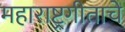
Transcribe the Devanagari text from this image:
महाराष्ट्रगीताचे